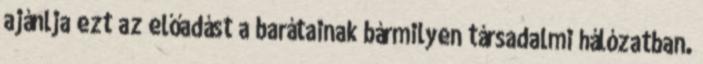
ajánlja ezt az előadást a barátainak bármilyen társadalmi hálózatban.